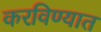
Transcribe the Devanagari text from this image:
करविण्यात